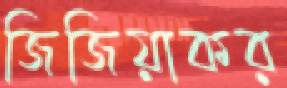
জিজিয়াকর